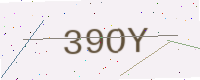
Text: 39OY